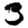
Digit: 3